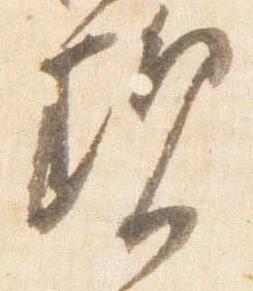
現